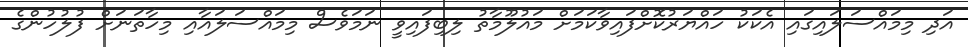
އަދި މިމައްސަލައިގައި އެކަކު ހައްޔަރުކޮށްފައިވާކަމަށް މައުލޫމާތު ލިބިފައިވީ ނަމަވެސް މިމައްސަލައާއި މިހާތަނަށް ފުލުހުންގެ